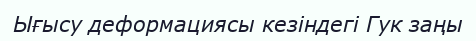
Ығысу деформациясы кезіндегі Гук заңы